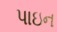
પાઇન